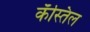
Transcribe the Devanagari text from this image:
कॅस्तिल